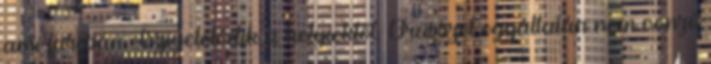
ami furcsán elszigetelődik a helyiektől. Brüsszel egyáltalán nem vonzó